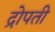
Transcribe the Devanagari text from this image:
द्रोपती